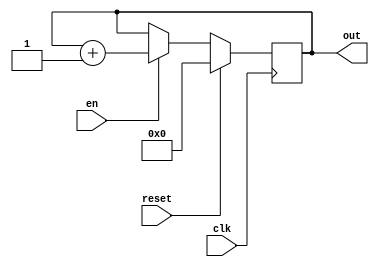
`timescale 1ns / 1ps
//////////////////////////////////////////////////////////////////////////////////
// Company: 
// Engineer: 
// 
// Design Name: 
// Module Name: counter_6b
// Project Name: 
// Target Devices: 
// Tool Versions: 
// Description: 
// 
// Dependencies: 
// 
// Revision:
// Revision 0.01 - File Created
// Additional Comments:
// 
//////////////////////////////////////////////////////////////////////////////////


module counter_6b(

    input clk,
    input reset,
    input en,
    output reg [5:0] out

    );
    
    always @(posedge clk)
    begin
        if(reset) out <= 0;
        else
            if(en)
                out <= out + 1;
            else out <= out;    
    end
    
endmodule